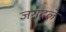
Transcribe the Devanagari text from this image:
जगदले